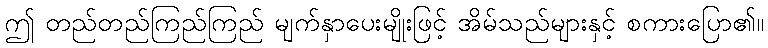
ဤ တည်တည်ကြည်ကြည် မျက်နှာပေးမျိုးဖြင့် အိမ်သည်များနှင့် စကားပြော၏။